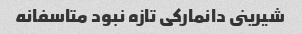
شیرینى دانمارکى تازه نبود متاسفانه